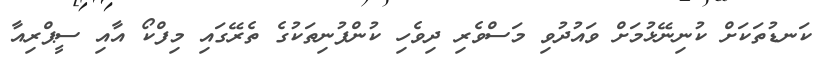
ކަނޑުތަކަށް ކުނިނޭޅުމަށް ވައުދުވި މަސްވެރި ދިވެހި ކުންފުނިތަކުގެ ތެރޭގައި މިފްކޯ އާއި ސީޕްރިއާ